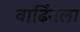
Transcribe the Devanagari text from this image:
वाढिंनला